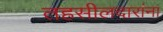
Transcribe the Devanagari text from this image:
तहसीलदारांना